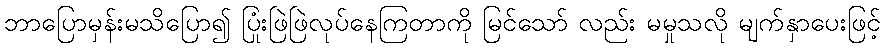
ဘာပြောမှန်းမသိပြော၍ ပြုံးဖြဲဖြဲလုပ်နေကြတာကို မြင်သော် လည်း မမှုသလို မျက်နှာပေးဖြင့်